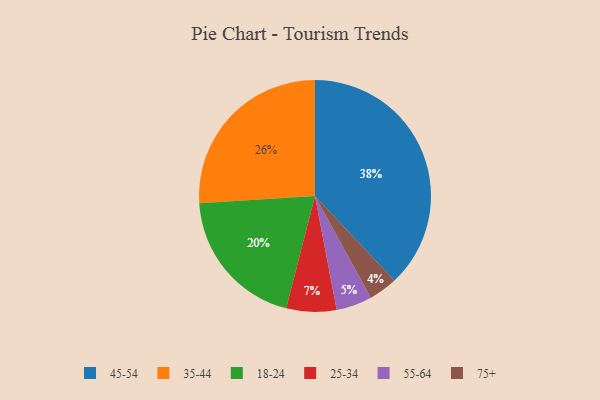
{"axis": {"x": "Category", "y": "Percentage"}, "legend": ["18-24", "25-34", "35-44", "45-54", "55-64", "75+"], "data": [{"x": "25-34", "y": 7, "type": "25-34"}, {"x": "55-64", "y": 5, "type": "55-64"}, {"x": "75+", "y": 4, "type": "75+"}, {"x": "45-54", "y": 38, "type": "45-54"}, {"x": "35-44", "y": 26, "type": "35-44"}, {"x": "18-24", "y": 20, "type": "18-24"}]}